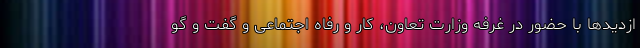
ازدیدها با حضور در غرفه وزارت تعاون، کار و رفاه اجتماعی و گفت و گو